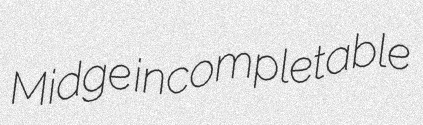
Midge incompletable